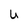
Character: U